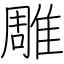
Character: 雕